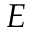
E